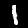
Label: 1